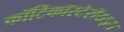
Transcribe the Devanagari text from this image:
कॉर्टिकॉस्टेरॉयड्स